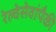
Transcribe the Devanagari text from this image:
रेल्वेसेवांपैकी